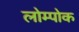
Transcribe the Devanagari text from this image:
लोम्पोक